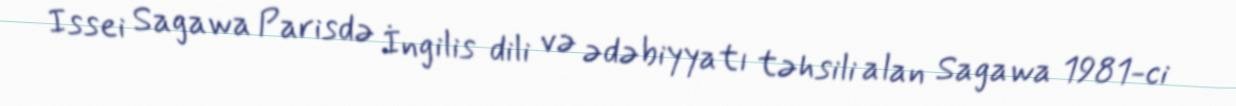
Issei Sagawa Parisdə İngilis dili və ədəbiyyatı təhsili alan Sagawa 1981-ci